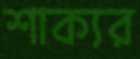
শাক্যর